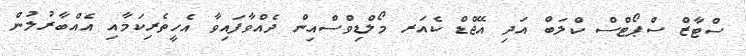
ސްޓާޒް ސްޕޯޓްސް ކްލަބް އަދި އޭޖްޑް ކެއަރ މޯލްޑިވްސްއިން ދެއްވާފައިވާ އެހީތެރިކަމާއި އެއްބާރުލުން